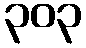
၃၀၃